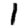
Digit: 1